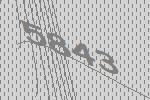
5843